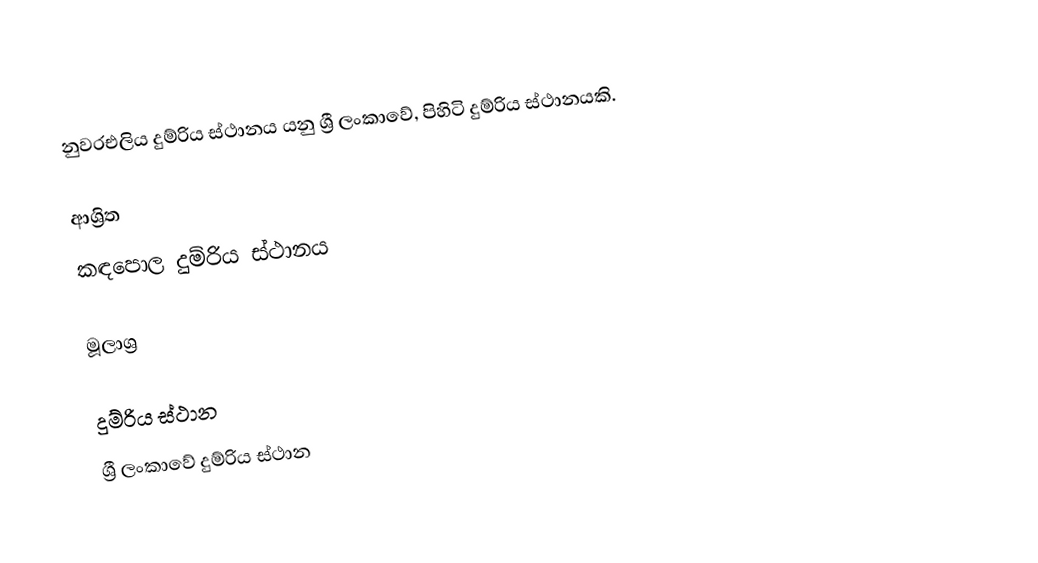
නුවරඑලිය දුම්රිය ස්ථානය යනු ශ්‍රී ලංකාවේ, පිහිටි දුම්රිය ස්ථානයකි.

ආශ්‍රිත
 කඳපොල දුම්රිය ස්ථානය

මූලාශ්‍ර

දුම්රිය ස්ථාන
ශ්‍රී ලංකාවේ දුම්රිය ස්ථාන